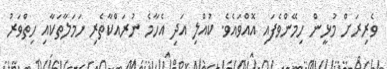
ވެރިރަށް މުޅީން ހިމޭންވެފައި އޮއްވައެވެ. ކުއްލި އަދި އެހާމެ ނުރައްކާތެރި ހަމަލާތަކާއި ހިތްވަރު